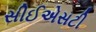
સીઈએસટી